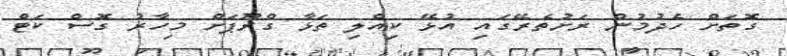
ގޮތަށް ހެދުމުން ރަށުތެރޭގައި އުޅޭ ކިއްލި ތަޅާ ގްރޫޕަށް މިހާރު ގޮސް ކަޓް